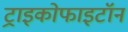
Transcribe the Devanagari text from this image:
ट्राइकोफाइटॉन